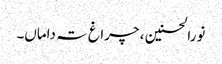
نورالحسنین ، چراغ تہ داماں۔